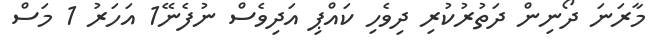
މާރަނަ ދޯނިން ދަތުރުކުރި ދިވެހި ކައްޕި އަދިވެސް ނުފެނޭ1 އަހަރު 1 މަސް